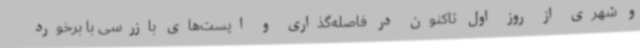
و شهری از روز اول تاکنون در فاصله‌گذاری و ایست‌های بازرسی با برخورد